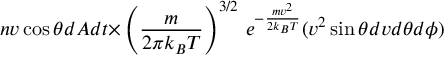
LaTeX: n v \cos { \theta } d A d t { \times } \left( { \frac { m } { 2 \pi k _ { B } T } } \right) ^ { 3 / 2 } \, e ^ { - { \frac { m v ^ { 2 } } { 2 k _ { B } T } } } ( v ^ { 2 } \sin { \theta } d v { d \theta } d \phi )